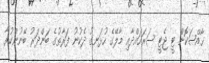
ޙާއްޞަކޮށް ޓީ ޖެޓީ ސަރަހައްދާއި މާލޭގެ ހުޅަނގު ދެކުނު ފަރާތުގެ ބަންދަރު ބޭނުންކުރާ